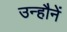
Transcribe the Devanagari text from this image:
उन्हौनें